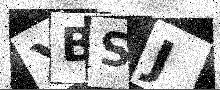
Text: XBSJ